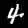
Label: 4